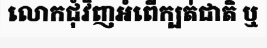
លោកជុំវិញអំពើក្បត់ជាតិ ឬ